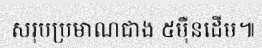
សរុបប្រមាណជាង ៥ម៉ឺនដើម៕